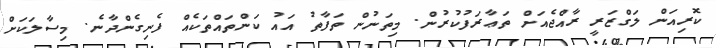
ކޮރިއަން ލަގްޒަރީ ރާއްޖެއަށް ތަޢާރަފުކުރުން. މިތަނުން ތަފާތު އައު ކަންތައްތަކެއް ފެނިގެންދާނެ. މިސާލަކަށް